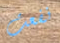
نفعت